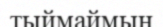
тыймаймын